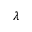
\lambda